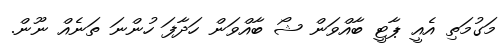
މަގުމަތި އެއީ ޕާޓީ ބާއްވަން ޝޯ ބާއްވަން ހަދާފަ ހުންނަ ތަނެއް ނޫން.